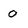
Character: 0